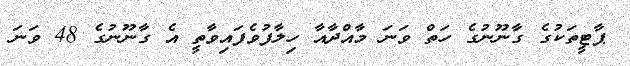
ޕާޓީތަކުގެ ގާނޫނުގެ ހަތް ވަނަ މާއްދާއާ ހިލާފުވެފައިވާތީ އެ ގާނޫނުގެ 48 ވަނަ